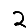
Digit: 2